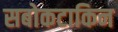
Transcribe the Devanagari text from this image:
सबोकटाकिन